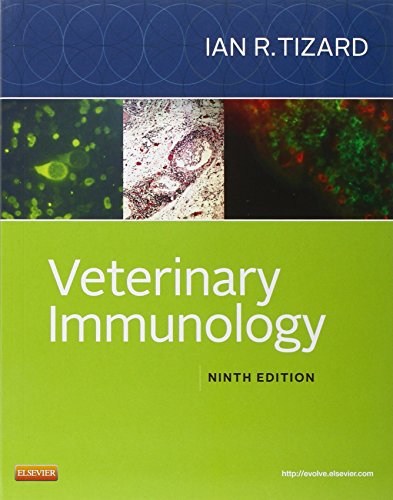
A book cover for Veterinary Immunology, 9e; Ian R. Tizard PhD  BSc  BVMS; Medical Books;